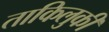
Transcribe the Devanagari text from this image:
ताकिलुकी